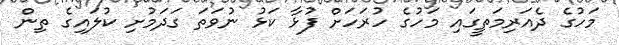
މަހުގެ ދެއަރިމަތީގައި މަހުގެ ހުރަހަށް ފުޅާ ކަޅު ނުވަތަ ގަދަމުށި ކުލައިގެ ތިން